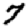
Digit: 7